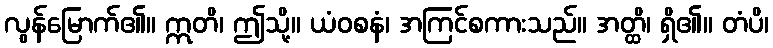
လွန်မြောက်၏။ ဣတိ၊ ဤသို့။ ယံဝစနံ၊ အကြင်စကားသည်။ အတ္ထိ၊ ရှိ၏။ တံပိ၊